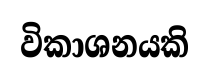
විකාශනයකි